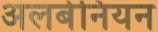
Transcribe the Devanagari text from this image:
अलबेनियन